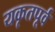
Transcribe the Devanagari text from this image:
यकृतपूर्व